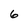
Character: 6